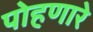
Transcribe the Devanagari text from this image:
पोहणारे